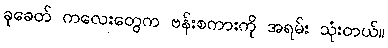
ခုခေတ် ကလေးတွေက ဗန်းစကားကို အရမ်း သုံးတယ်။